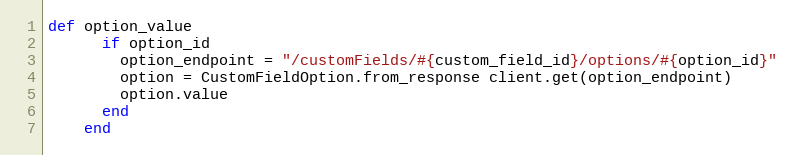
Language: Ruby
def option_value
      if option_id
        option_endpoint = "/customFields/#{custom_field_id}/options/#{option_id}"
        option = CustomFieldOption.from_response client.get(option_endpoint)
        option.value
      end
    end